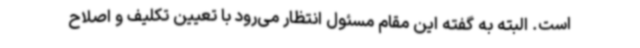
است. البته به گفته این مقام مسئول انتظار می‌رود با تعیین تکلیف و اصلاح